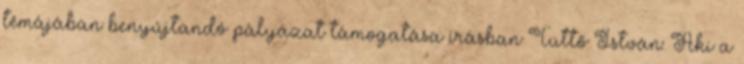
témájában benyújtandó pályázat támogatása írásban Tüttő István: Aki a